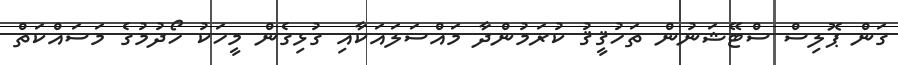
ގަން ޕޮލިސް ސްޓޭޝަނުން ތަހުޤީޤު ކުރަމުންދާ މައްސަލައަކާއި ގުޅިގެން މީހަކު ހޯދުމުގެ މަސައްކަތް